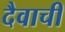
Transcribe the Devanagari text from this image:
दैवाची